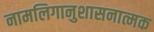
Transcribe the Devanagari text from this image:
नामलिगानुशासनात्मक